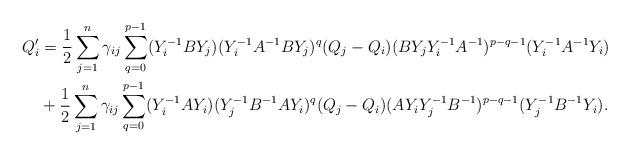
LaTeX: \begin{align*} Q_i' &= \frac12\sum_{j=1}^n \gamma_{ij}\sum_{q=0}^{p-1} (Y_i^{-1}BY_j)(Y_i^{-1}A^{-1}BY_j)^q (Q_j-Q_i)(BY_jY_i^{-1}A^{-1})^{p-q-1}(Y_i^{-1}A^{-1}Y_i)\\&+\frac12\sum_{j=1}^n \gamma_{ij}\sum_{q=0}^{p-1} (Y_i^{-1}AY_i)(Y_j^{-1}B^{-1}AY_i)^q (Q_j-Q_i)(AY_iY_j^{-1}B^{-1})^{p-q-1}(Y_j^{-1}B^{-1}Y_i).\end{align*}